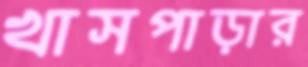
খাসপাড়ার